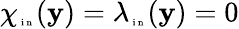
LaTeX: \chi_{\tiny\mathrm{~i~n~}}(\mathbf y)=\lambda_{\tiny\mathrm{~i~n~}}(\mathbf y)=0